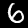
Label: 6